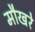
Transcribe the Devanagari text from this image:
मौखरे